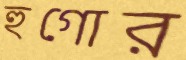
হুগোর